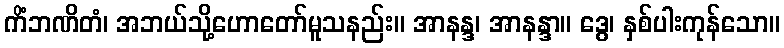
ကိံဘဏိတံ၊ အဘယ်သို့ဟောတော်မူသနည်း။ အာနန္ဒ၊ အာနန္ဒာ။ ဒွေ၊ နှစ်ပါးကုန်သော။